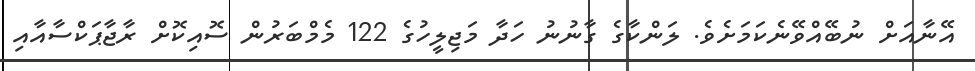
އޭނާއަށް ނުބޭއްވޭނެކަމަށެވެ. ލަންކާގެ ގާނުނު ހަދާ މަޖިލީހުގެ 122 މެމްބަރުން ސޮއިކޮށް ރާޖާޕަކްސާއާއި